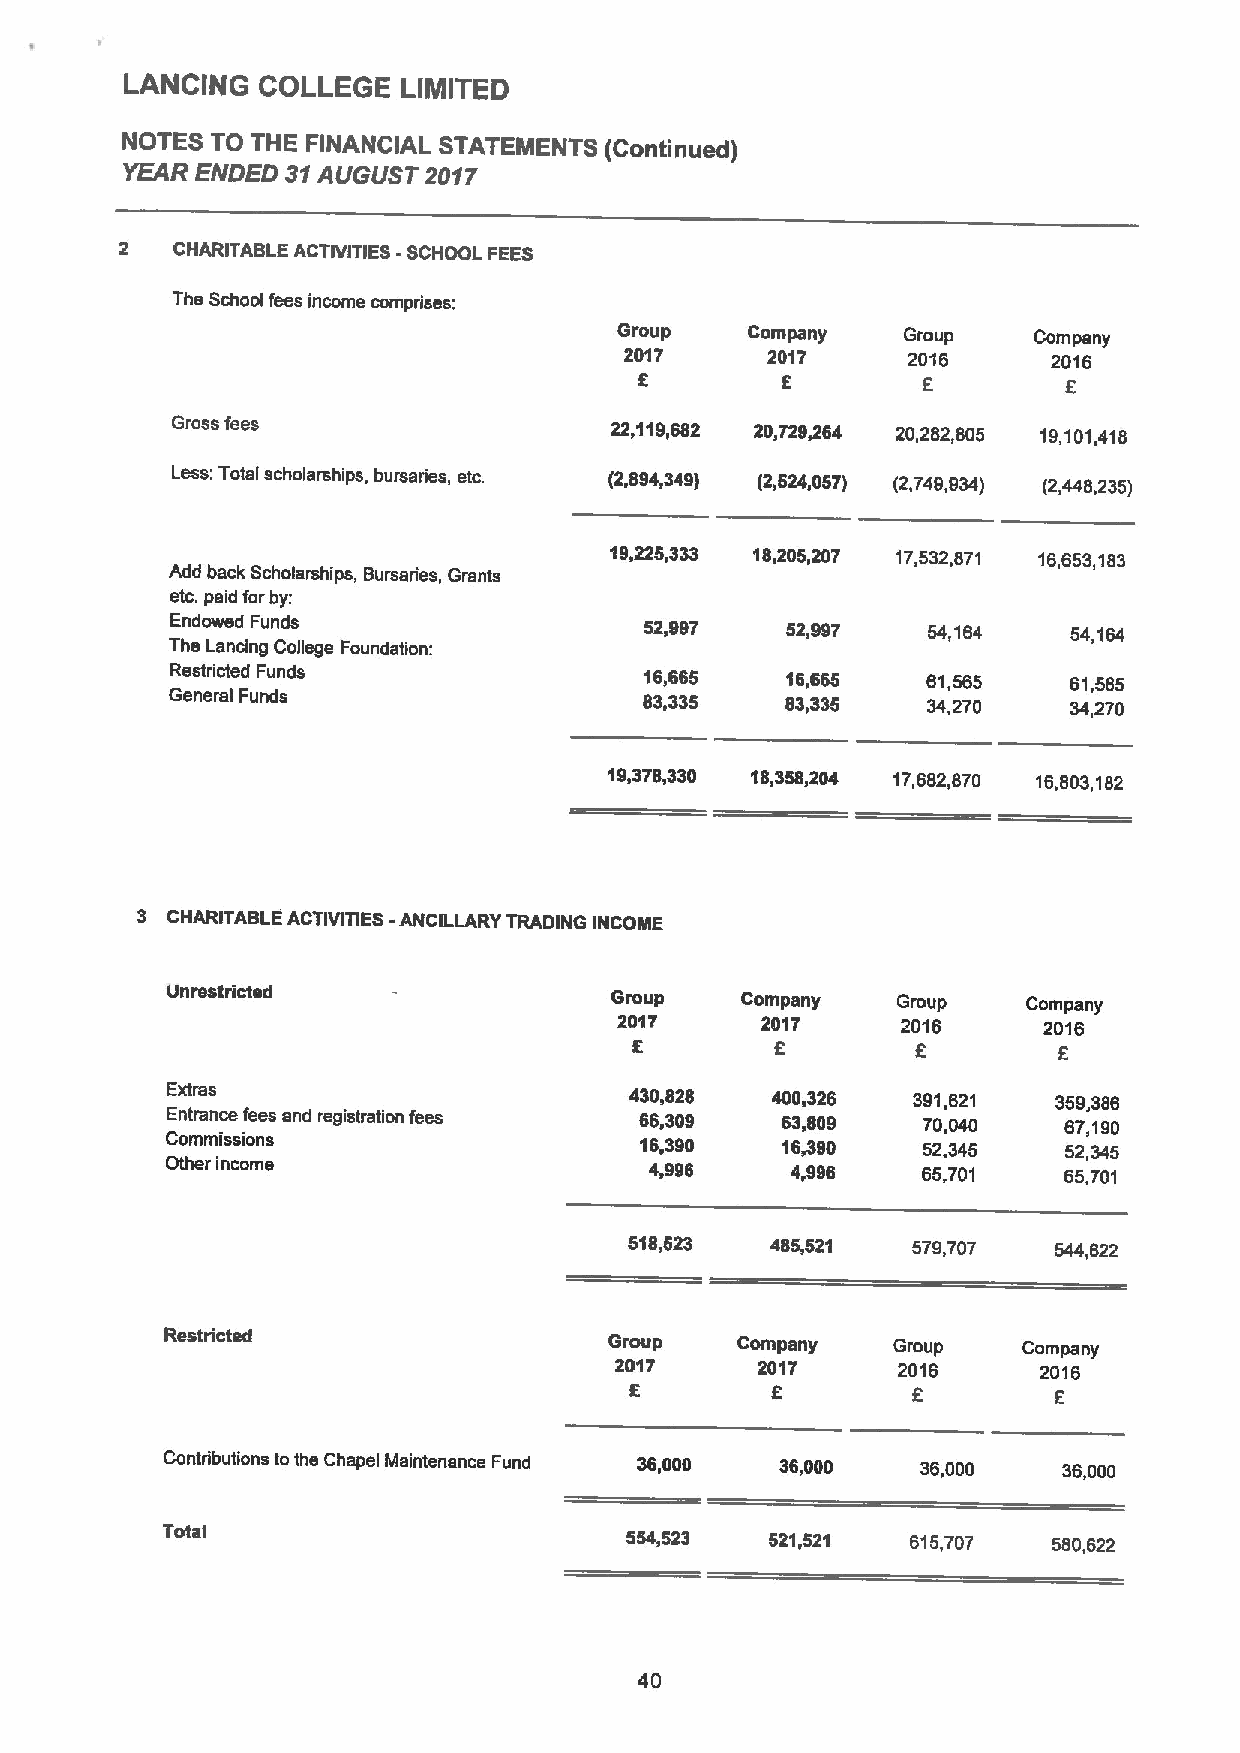
LANCING  COLLEGE   LIMITED
 NOTES TO THE FINANCIAL STATEMENTS (Continued)
 YEAR ENDED 31AUGUST 2017
 2  CHARITABLE ACTIVITIES -SCHOOL FEES
 The School fees income comprises:
 Group    Company   Group   Company
 2017      2017     2016      2016
 5         f        f         5
 Gross fees                   22,119,682 20,729,264 20,282,805 19,101,418
 Less:Total scholarships, bursaries, etc. (2,894,349) (2,524,057) (2,749,934) (2,448,235)
 33318,
 19,225,    205,207 17,532,671 16,653,183
 Add back Scholarships, Bursaries, Grants
 etc.paid forby:
 Endowed Funds                   52,aay   52,997   54,164    54,164
 The Lancing College Foundation:
 Restricted Funds                16,665   16,665   61,565    61,565
 General Funds                   83,335   83,3$5   34,270    34,270
 19,378,330 18,358,204 17,682,870 16,803,182
 3 CHARITABLE ACTIVITIES -ANCILLARY TRADING INCOME
 unrestricted
 Group    Company   Group    Company
 2017     2017      2016     2016
 K        6         E
 Extras                         430,828  400,326  391,621   359,386
 Entrance fees snd registration fees 66,309 63,809 70,040   67,190
 Commissions                    16,390    16,390   52,345    52,345
 Other income                    4,9a6    4,9a6    65,701   65,701
 518,523  485,521  579,707   544,622
 Restricted
 Group    Company   Group    Company
 2017     2017     2016      2016
 K        6        E         6
 Contributions tothe Chapel Maintenance Fund 36,000 36,000 36,000 36,000
 Total
 554,523   521,521  615,707   580,622
 40